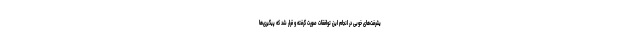
یشرفت‌های خوبی در انجام این توافقات صورت گرفته و قرار شد که پیگیری‌ها